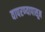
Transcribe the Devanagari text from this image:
वापरण्यापासून